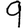
Digit: 9